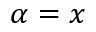
\alpha = x